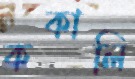
ককালি